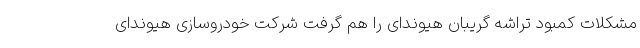
مشکلات کمبود تراشه گریبان هیوندای را هم گرفت شرکت خودروسازی هیوندای